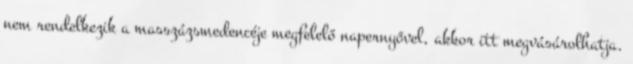
nem rendelkezik a masszázsmedencéje megfelelő napernyővel, akkor itt megvásárolhatja.